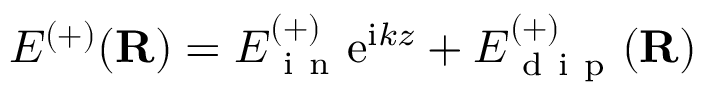
E ^ { ( + ) } ( \mathbf R ) = E _ { \mathrm { ~ i ~ n ~ } } ^ { ( + ) } \mathrm { e } ^ { \mathrm { i } k z } + E _ { \mathrm { ~ d ~ i ~ p ~ } } ^ { ( + ) } ( \mathbf R )